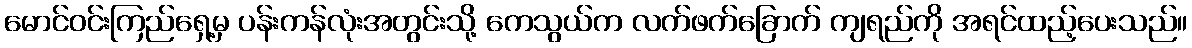
မောင်ဝင်းကြည်ရှေ့မှ ပန်းကန်လုံးအတွင်းသို့ ကေသွယ်က လက်ဖက်ခြောက် ကျရည်ကို အရင်ထည့်ပေးသည်။